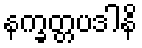
နက္ခတ္တပဒါနိ